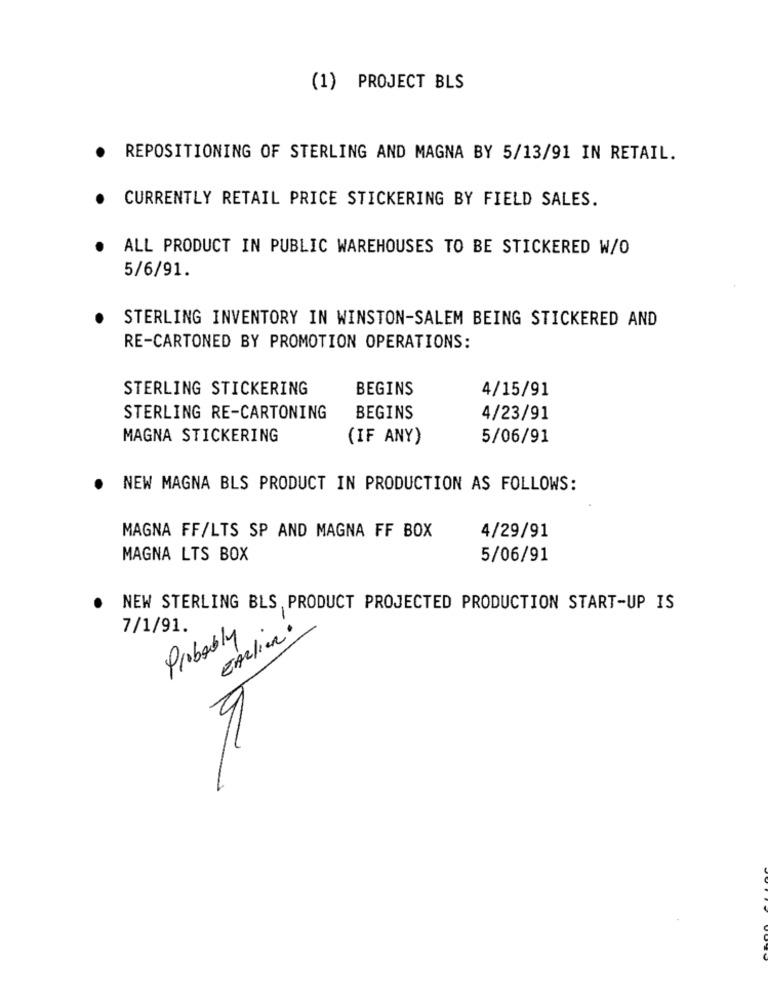
(1) PROJECT BLS
.
REPOSITIONING OF STERLING AND MAGNA BY 5/13/91 IN RETAIL.
CURRENTLY RETAIL PRICE STICKERING BY FIELD SALES.
ALL PRODUCT IN PUBLIC WAREHOUSES TO BE STICKERED W/O
5/6/91.
STERLING INVENTORY IN WINSTON-SALEM BEING STICKERED AND
RE-CARTONED BY PROMOTION OPERATIONS:
STERLING STICKERING
BEGINS
4/15/91
STERLING RE-CARTONING
BEGINS
4/23/91
MAGNA STICKERING
(IF ANY)
5/06/91
NEW MAGNA BLS PRODUCT IN PRODUCTION AS FOLLOWS:
MAGNA FF/LTS SP AND MAGNA FF BOX
4/29/91
MAGNA LTS BOX
5/06/91
NEW STERLING BLS, PRODUCT PROJECTED PRODUCTION START-UP IS
7/1/91.
Probably.
EARLIER .